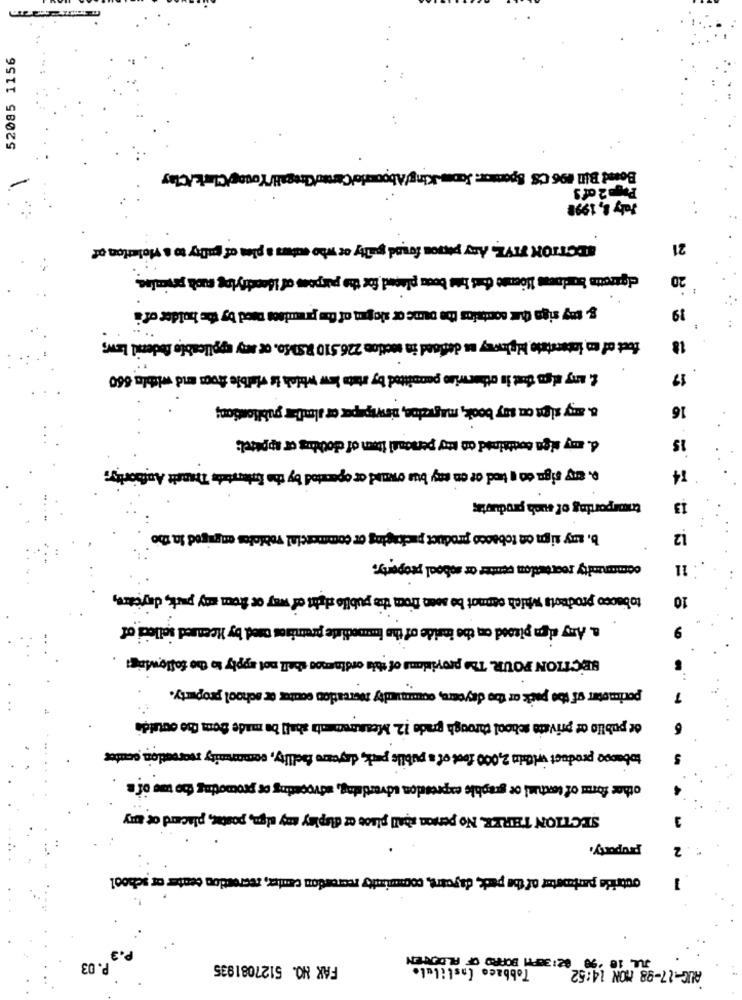
52085 1156
Page 2 of s
July 8, 1990
SECTION TIVE, Any piros found guilty ce who cares a pies of gally to a violation of
21
cigtratta budowas Hoente dont bts boca placed for the purpose of identifying such promise.
20
& my siga dur sontsios the Dame or slogan of the praises need by the holder of i
19
foot of no intentado highway us defood in motion 226.510 8.SMSo, or any applicable federal Laws
18
& may also that is otherwise peccitted by state law which is vaible shoes and wiele 660
17
a. any sige on szy book, maguaos, diewip per or almdar publiontiom;
16
d. my siga contained do koy personsi item of clothing or apparel;
15
o. any rige on a hed or on my bus owaund or operated by the interbus Transit Authority;
14
trimsporting of such productss
13
b. any sign on tobacco product packaging or commercial vobloles engaged in the
12
community recreation center or soboal property.
11
tobacco products which cannot be seen from the publie rish of way of from my park, daycare,
10
a. Any dign pisood on the inside of the immediate premises used by Heensed solleci of
SECTION POUR. The provisions of this ordinmos shall not apply to the following:
perimeter of the pack or the daycare, community zocreation contex or school property.
or public or private school through grade 12. Measurement shall be made Doma the cutalda
tobasso product illin 2,000 foot of's public park, daycare facility, community recreation center
other form of texturi or graphic expression advertising, advocating os promoting foo toe of's
SECTION THREE. No person shall place oz dapiny any sign, poster, placard of any
proparty.
2
octride parkmaster of the pack, descart, community recreation center, recreation center or school
1
Tobbeo Instituto
Rue 10 .90 02:30PTI BORRO OF PLODGEN
P. 03
FAX NO. 5127081935
AUG-17-98 MON 14:52